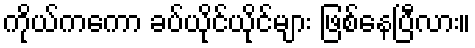
ကိုယ်ကကော ခပ်ယိုင်ယိုင်များ ဖြစ်နေပြီလား။